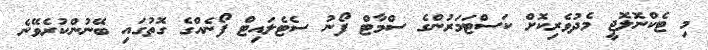
މި ޓެކްނޮލޮޖީ މެދުވެރިކޮށް ކަސްޓަމަރުންގެ ސްމާޓް ފޯނު ސެޓެލައިޓް ފޯނެއްގެ ގޮތުގައި ބޭނުންކުރެވޭނެ